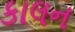
કાલન